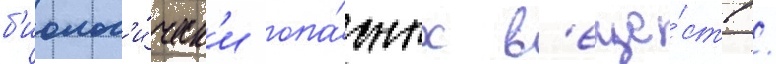
б'иолог'и́ческ'и опа́сных в'еще́ств /